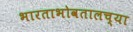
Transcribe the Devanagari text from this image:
भारताभोवतालच्या